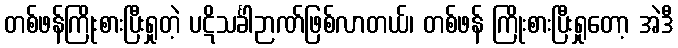
တစ်ဖန်ကြိုးစားပြီးရှုတဲ့ ပဋိသင်္ခါဉာဏ်ဖြစ်လာတယ်၊ တစ်ဖန် ကြိုးစားပြီးရှုတော့ အဲဒီ